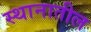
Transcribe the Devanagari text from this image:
स्थानातील